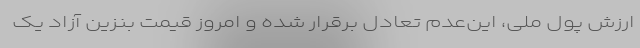
ارزش پول ملی، این‌عدم تعادل برقرار شده و امروز قیمت بنزین آزاد یک